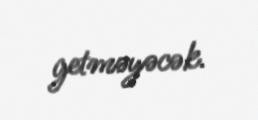
getməyəcək.